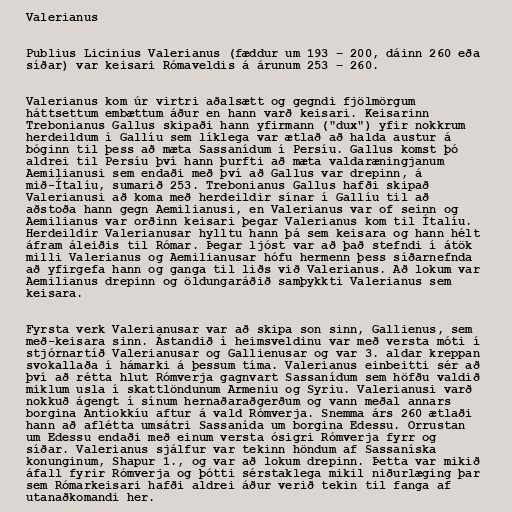
Valerianus

Publius Licinius Valerianus (fæddur um 193 – 200, dáinn 260 eða
síðar) var keisari Rómaveldis á árunum 253 – 260.

Valerianus kom úr virtri aðalsætt og gegndi fjölmörgum
háttsettum embættum áður en hann varð keisari. Keisarinn
Trebonianus Gallus skipaði hann yfirmann ("dux") yfir nokkrum
herdeildum í Gallíu sem líklega var ætlað að halda austur á
bóginn til þess að mæta Sassanídum í Persíu. Gallus komst þó
aldrei til Persíu því hann þurfti að mæta valdaræningjanum
Aemilianusi sem endaði með því að Gallus var drepinn, á
mið-Ítalíu, sumarið 253. Trebonianus Gallus hafði skipað
Valerianusi að koma með herdeildir sínar í Gallíu til að
aðstoða hann gegn Aemilianusi, en Valerianus var of seinn og
Aemilianus var orðinn keisari þegar Valerianus kom til Ítalíu.
Herdeildir Valerianusar hylltu hann þá sem keisara og hann hélt
áfram áleiðis til Rómar. Þegar ljóst var að það stefndi í átök
milli Valerianus og Aemilianusar hófu hermenn þess síðarnefnda
að yfirgefa hann og ganga til liðs við Valerianus. Að lokum var
Aemilianus drepinn og öldungaráðið samþykkti Valerianus sem
keisara.

Fyrsta verk Valerianusar var að skipa son sinn, Gallienus, sem
með-keisara sinn. Ástandið í heimsveldinu var með versta móti í
stjórnartíð Valerianusar og Gallienusar og var 3. aldar kreppan
svokallaða í hámarki á þessum tíma. Valerianus einbeitti sér að
því að rétta hlut Rómverja gagnvart Sassanídum sem höfðu valdið
miklum usla í skattlöndunum Armeniu og Syriu. Valerianusi varð
nokkuð ágengt í sínum hernaðaraðgerðum og vann meðal annars
borgina Antiokkíu aftur á vald Rómverja. Snemma árs 260 ætlaði
hann að aflétta umsátri Sassanída um borgina Edessu. Orrustan
um Edessu endaði með einum versta ósigri Rómverja fyrr og
síðar. Valerianus sjálfur var tekinn höndum af Sassaníska
konunginum, Shapur 1., og var að lokum drepinn. Þetta var mikið
áfall fyrir Rómverja og þótti sérstaklega mikil niðurlæging þar
sem Rómarkeisari hafði aldrei áður verið tekin til fanga af
utanaðkomandi her.